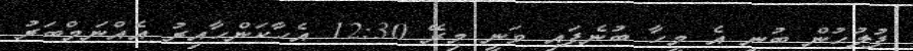
ފުލުހުން ބުނީ އެ މީހާ ބުނެފައި ވަނީ މިރޭ 12:30 އެހާކަންހާއިރު އެއްނަމްބަރު